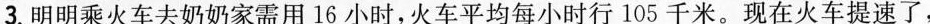
3.明明乘火车去奶奶家需用16小时，火车平均每小时行105千米。现在火车提速了，